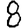
Digit: 8